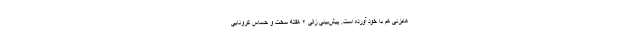
هام‌زنی هم با خود آورده است. پیش‌بینی زالی ۲ هفته سخت و حساس کرونایی